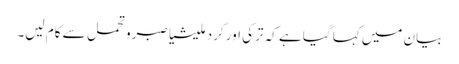
بیان میں کہا گیا ہے کہ ترکی اور کرد ملیشیا صبرو تحمل سے کام لیں۔